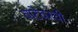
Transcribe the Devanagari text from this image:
वाटेवरची